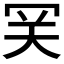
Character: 𡗺